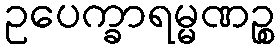
ဥပေက္ခာရမ္မဏဉ္စ